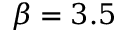
\beta = 3 . 5